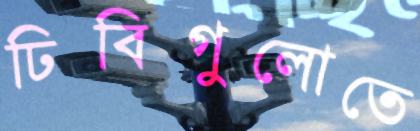
ঢিবিগুলোতে